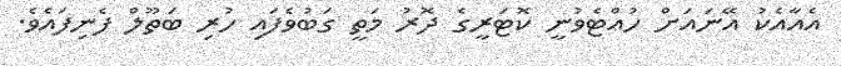
އެއާއެކު އޭނައަށް ހުއްޓެވުނީ ކޮޓަރީގެ ދޮރު މަތީ ގަބުވެފައި ހުރި ބަތޫލް ފެނިފައެވެ.